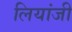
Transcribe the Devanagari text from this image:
लियांजी